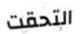
التحقت